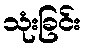
သုံးခြင်း